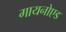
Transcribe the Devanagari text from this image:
गायनोएड